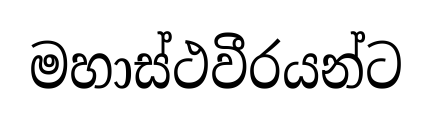
මහාස්ථවීරයන්ට